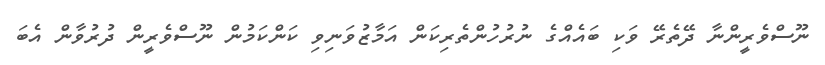
ނޫސްވެރީންނާ ދޭތެރޭ ވަކި ބައެއްގެ ނުރުހުންތެރިކަން އަމާޒުވަނިވި ކަންކަމުން ނޫސްވެރީން ދުރުވާން އެބަ